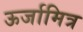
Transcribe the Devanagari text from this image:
ऊर्जामित्र